Civil Veterinary Department Bihar & Orissa reports 1929-36 - 1929-1936
Year: 1929
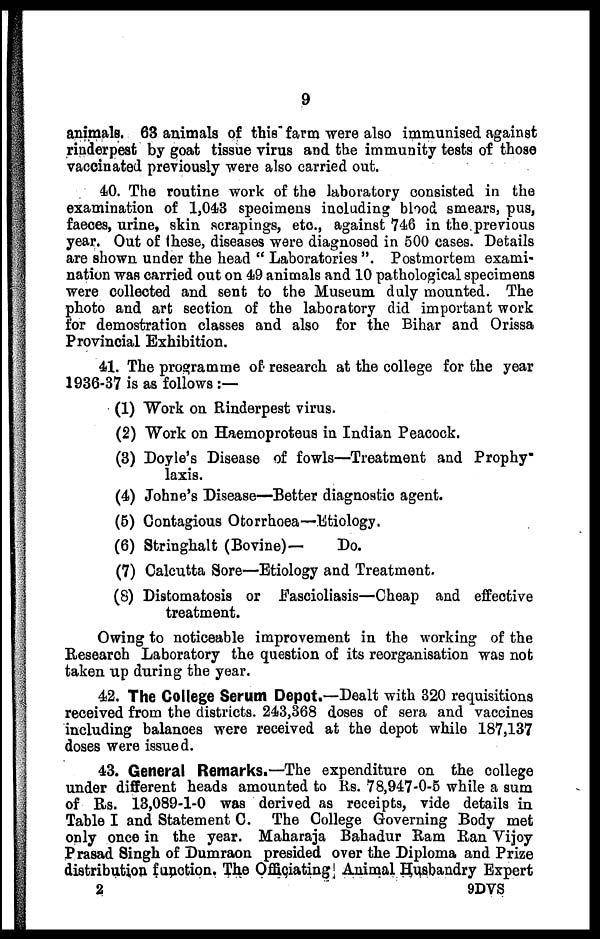
9
animals. 63 animals of this farm were also immunised against
rinderpest by goat tissue virus and the immunity tests of those
vaccinated previously were also carried out.
40. The routine work of the laboratory consisted in the
examination of 1,043 specimens including blood smears, pus,
faeces, urine, skin scrapings, etc, against 746 in the previous
year. Out of these, diseases were diagnosed in 500 cases. Details
are shown under the head " Laboratories ". Postmortem exami-
nation was carried out on 49 animals and 10 pathological specimens
were collected and sent to the Museum duly mounted. The
photo and art section of the laboratory did important work
for demostration classes and also for the Bihar and Orissa
Provincial Exhibition.
41. The programme of research at the college for the year
1936-37 is as follows:—
(1) Work on Rinderpest virus.
(2) Work on Haemoproteus in Indian Peacock.
(3) Doyle's Disease of fowls—Treatment and Prophy
laxis.
(4) Johne's Disease—Better diagnostic agent.
(5) Contagious Otorrhoea—Etiology.
(6) Stringhalt (Bovine)—
Do.
(7) Calcutta Sore—Etiology and Treatment.
(8) Distomatosis or Fascioliasis—Cheap and effective
treatment.
Owing to noticeable improvement in the working of the
Research Laboratory the question of its reorganisation was not
taken up during the year.
42. The College Serum Depot.—Dealt with 320 requisitions
received from the districts. 243,368 doses of sera and vaccines
including balances were received at the depot while 187,137
doses were issued.
43. General Remarks.—The expenditure on the college
under different heads amounted to Rs. 78,947-0-5 while a sum
of Rs. 13,089-1-0 was derived as receipts, vide details in
Table I and Statement C. The College Governing Body met
only once in the year. Maharaja Bahadur Ram Ran Vijoy
Prasad 8ingh of Dumraon presided over the Diploma and Prize
distribution function. The Officiating Animal Husbandry Expert
2
9DVS